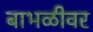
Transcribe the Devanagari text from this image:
बाभळीवर